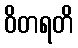
ဝိတရတိ